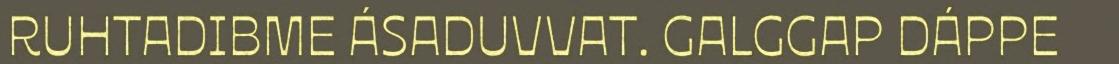
RUHTADIBME ÁSADUVVAT. GALGGAP DÁPPE